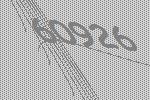
60926